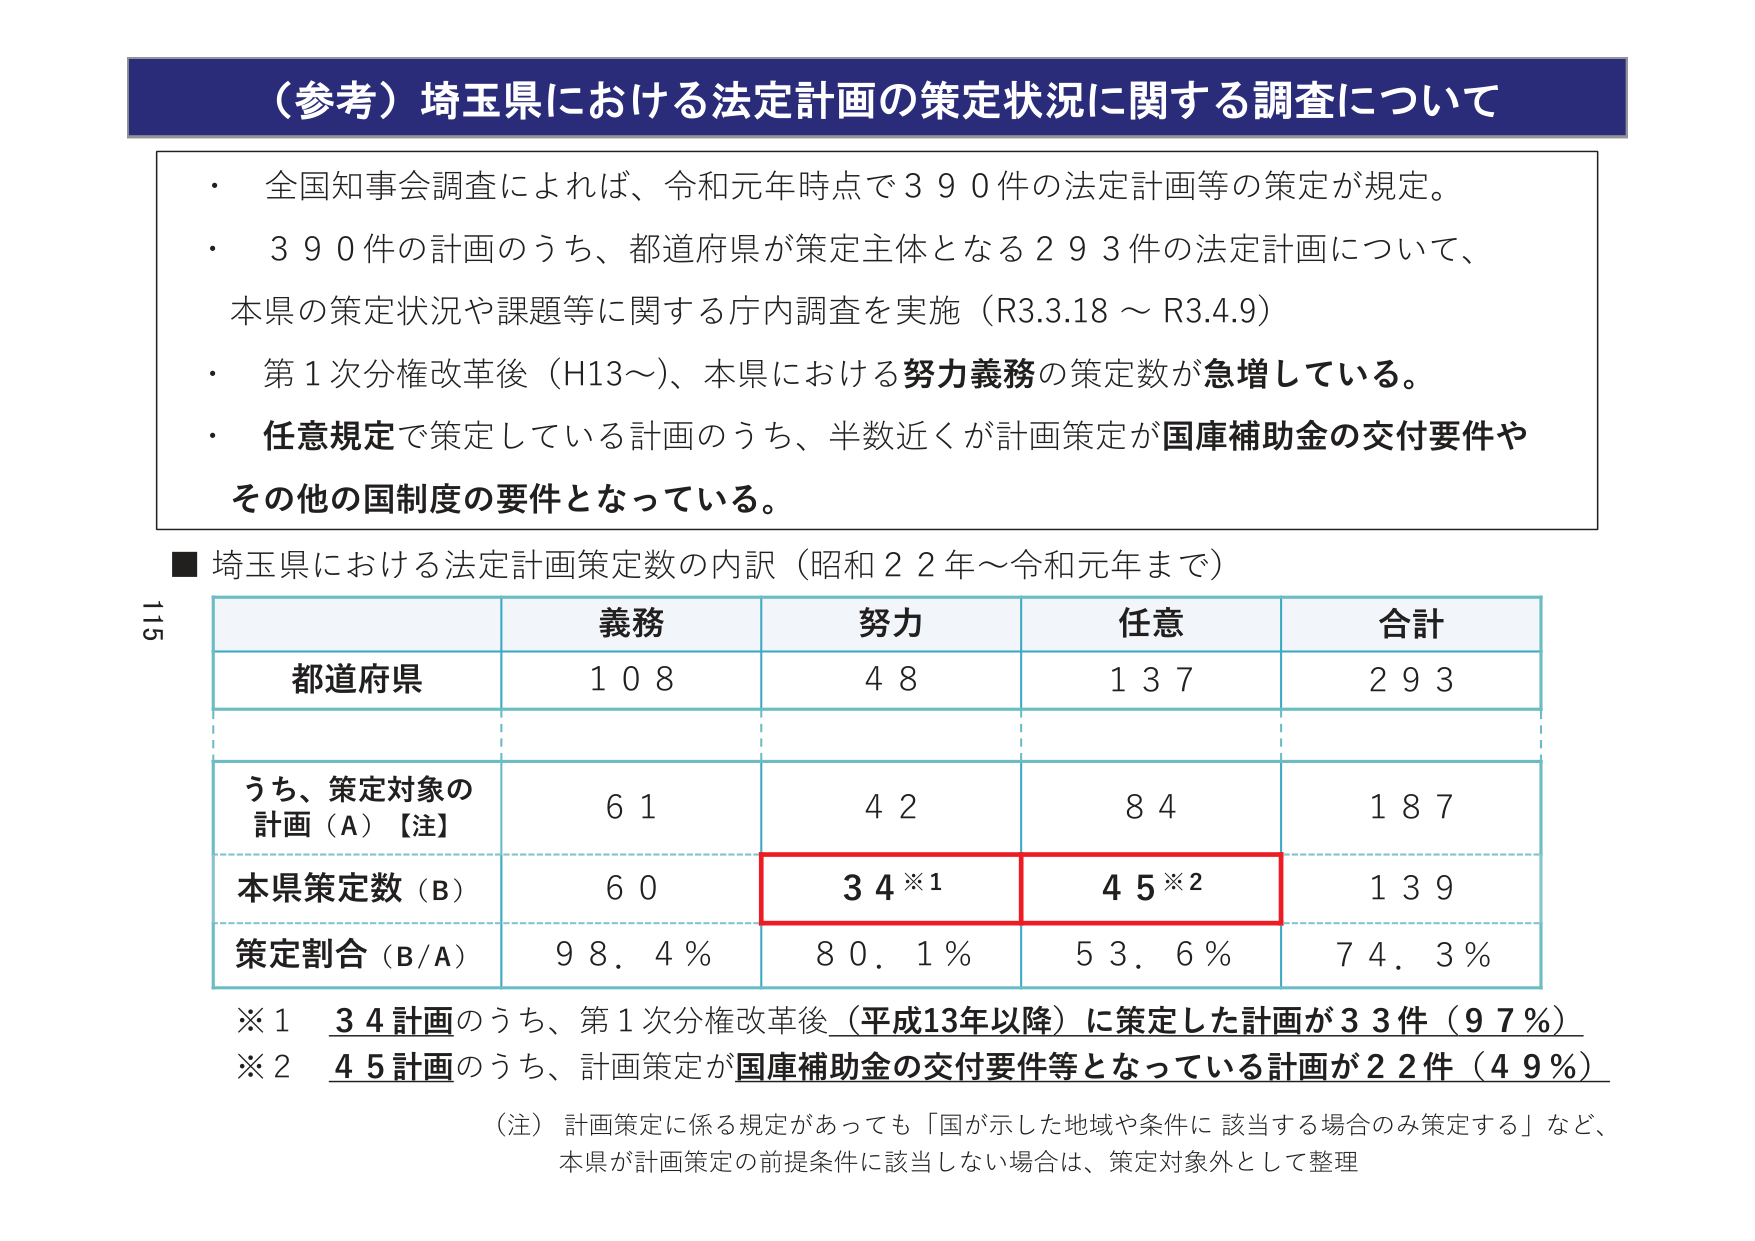
（参考）埼玉県における法定計画の策定状況に関する調査について

・全国知事会調査によれば、令和元年時点で３９０件の法定計画等の策定が規定。
・３９０件の計画のうち、都道府県が策定主体となる２９３件の法定計画について、本県の策定状況や課題等に関する庁内調査を実施（R3.3.18～R3.4.9）
・第１次分権改革後（H13～）、本県における努力義務の策定数が急増している。
・任意規定で策定している計画のうち、半数近くが計画策定が国庫補助金の交付要件やその他の国制度の要件となっている。

■ 埼玉県における法定計画策定数の内訳（昭和２２年～令和元年まで）

　　　　　　　　　　義務　　　　　努力　　　　　任意　　　　　合計
　　　　　　　　　　108　　　　　　48　　　　　　137　　　　　　293
　　　　　　　　　　61　　　　　　42　　　　　　84　　　　　　187
　　　　　　　　　　60　　　　　　34※1　　　　45※2　　　　139
　　　　　　　　　　98.4％　　　　80.1％　　　　53.6％　　　　74.3％

※1　34計画のうち、第１次分権改革後（平成13年以降）に策定した計画が33件（97％）
※2　45計画のうち、計画策定が国庫補助金の交付要件等となっている計画が22件（49％）

（注）計画策定に係る規定があっても「国が示した地域や条件に該当する場合のみ策定する」など、本県が計画策定の前提条件に該当しない場合は、策定対象外として整理

115